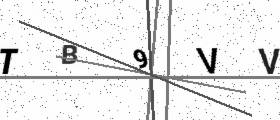
Text: TB9VV